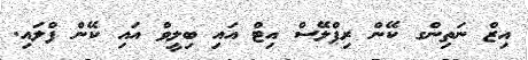
އިޒް ނަތިންގ ކޭން ރިޕްލޭސް އިޓް އައި ބިލީވް އައި ކޭން ފްލައި.